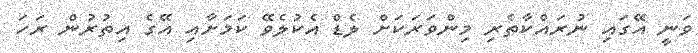
ވަނީ އޭގައި ނުރައްކާތެރި މިންވަރަކަށް ލެޑް އެކުލެވޭ ކަމަށާއި އޭގެ އިތުރުން ރަހަ